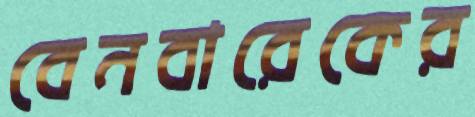
বেনবারেকের